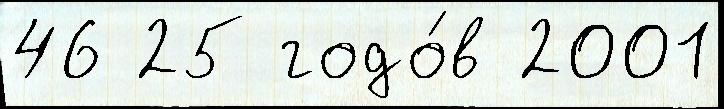
46 25 годо́в 2001